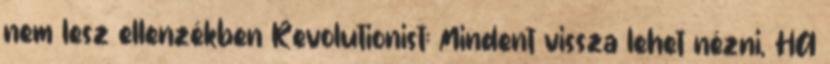
nem lesz ellenzékben Revolutionist: Mindent vissza lehet nézni, HA